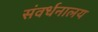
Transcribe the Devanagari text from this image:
संवर्धनालय